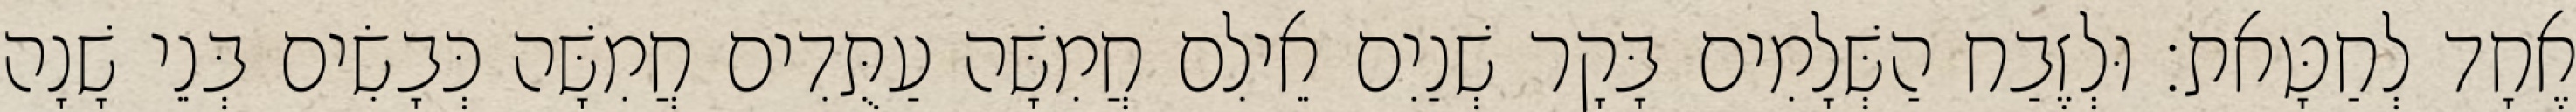
אֶחָד לְחַטָּאת׃ וּלְזֶבַח הַשְּׁלָמִים בָּקָר שְׁנַיִם אֵילִם חֲמִשָּׁה עַתֻּדִים חֲמִשָּׁה כְּבָשִׂים בְּנֵי שָׁנָה